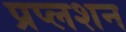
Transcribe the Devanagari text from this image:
प्रप्लशन